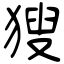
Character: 獀